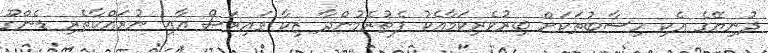
ދުނިޔޭގެ އެކި ހިސާބުތަކަށް ބިރުވެރިކަމާއެކު ފެތުރެމުންދާ ޒިކާ ވައިރަސް އާއި ނުރައްކާތެރި ޑެންގޫ